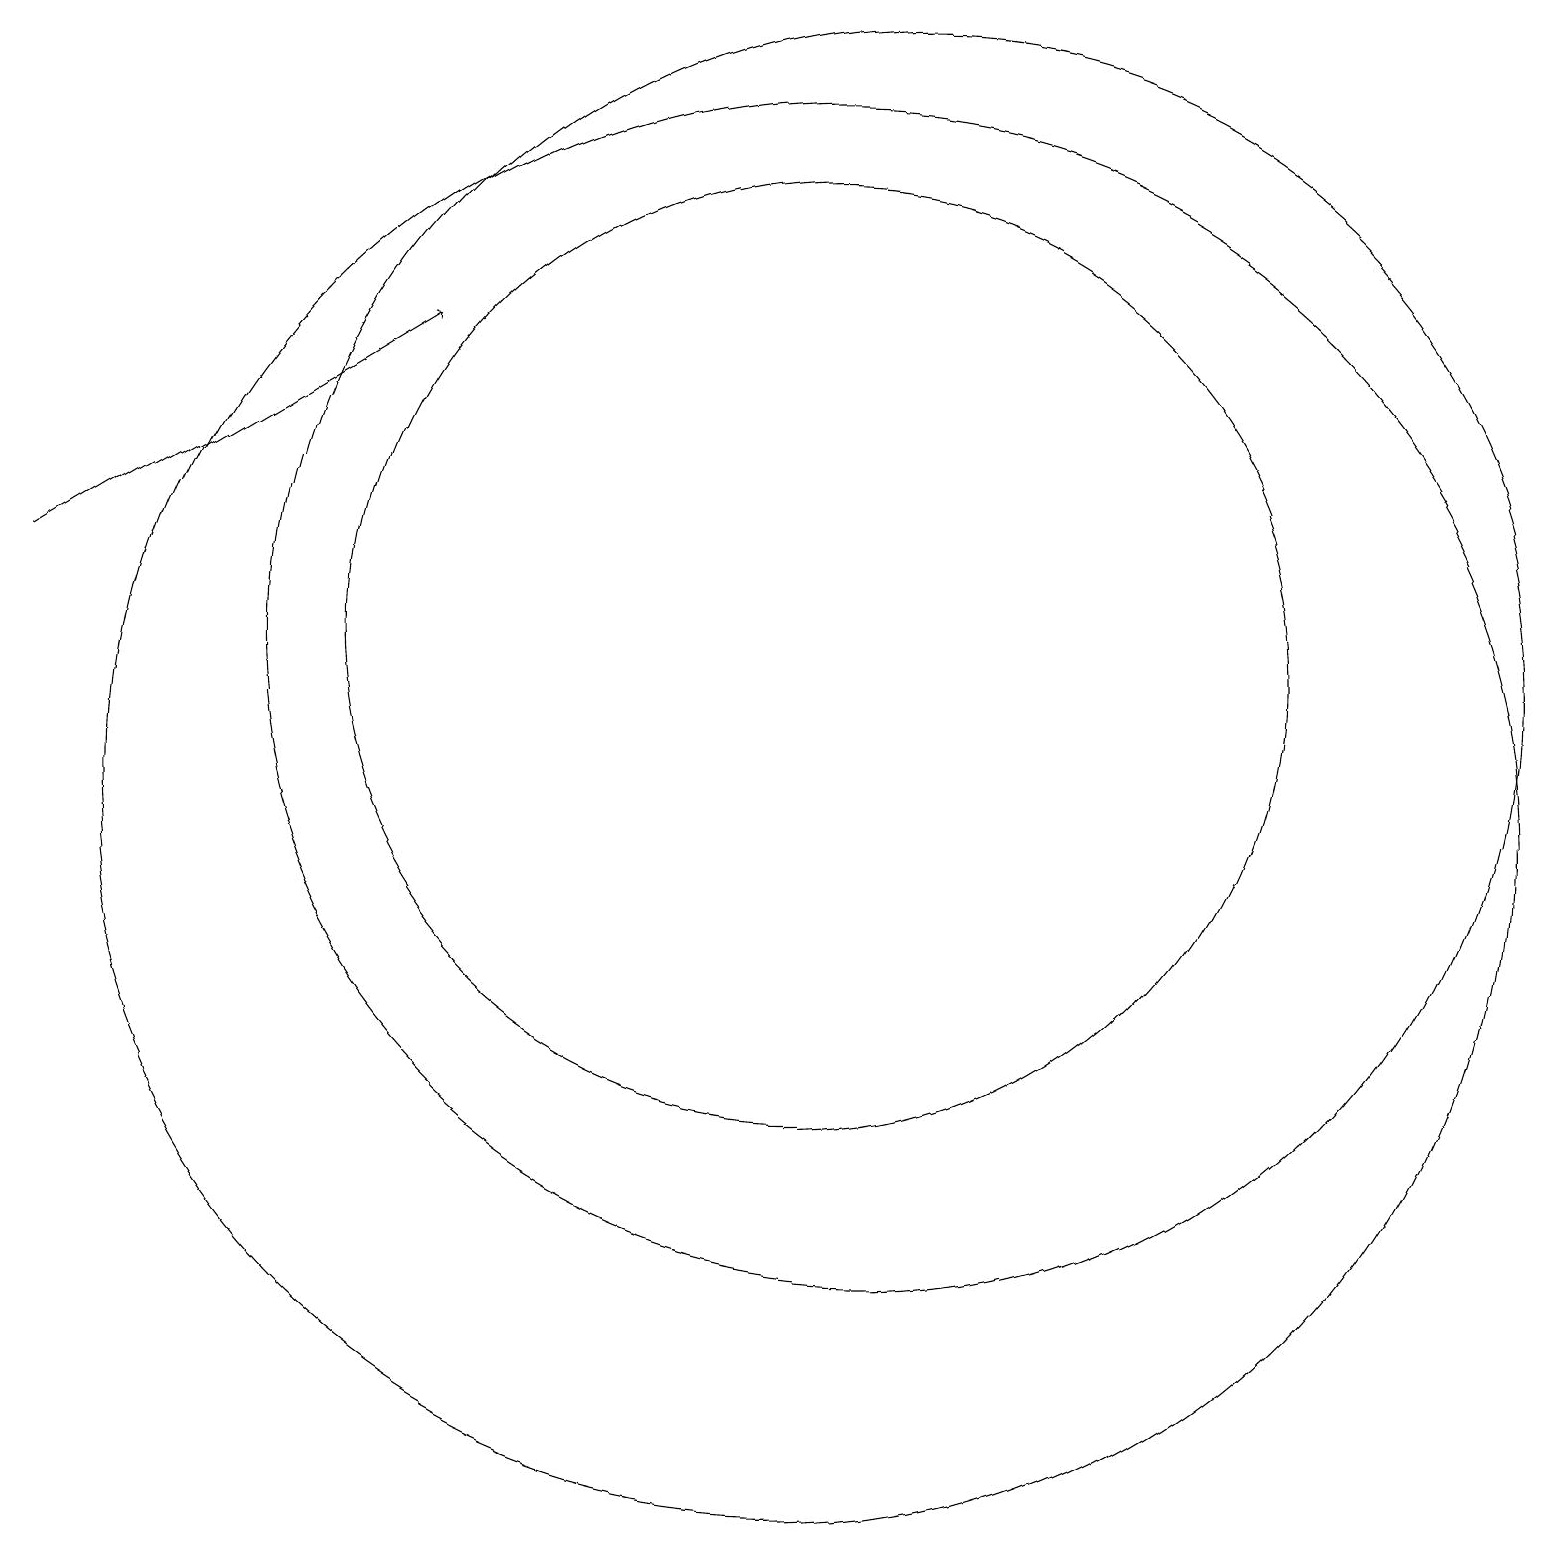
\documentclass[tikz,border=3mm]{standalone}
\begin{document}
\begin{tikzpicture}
\draw[->] (0,13) -- (5,16);
\draw (11,12) circle (8);
\draw (10,12) circle (6);
\draw (10,10) circle (9);
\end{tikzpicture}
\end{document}